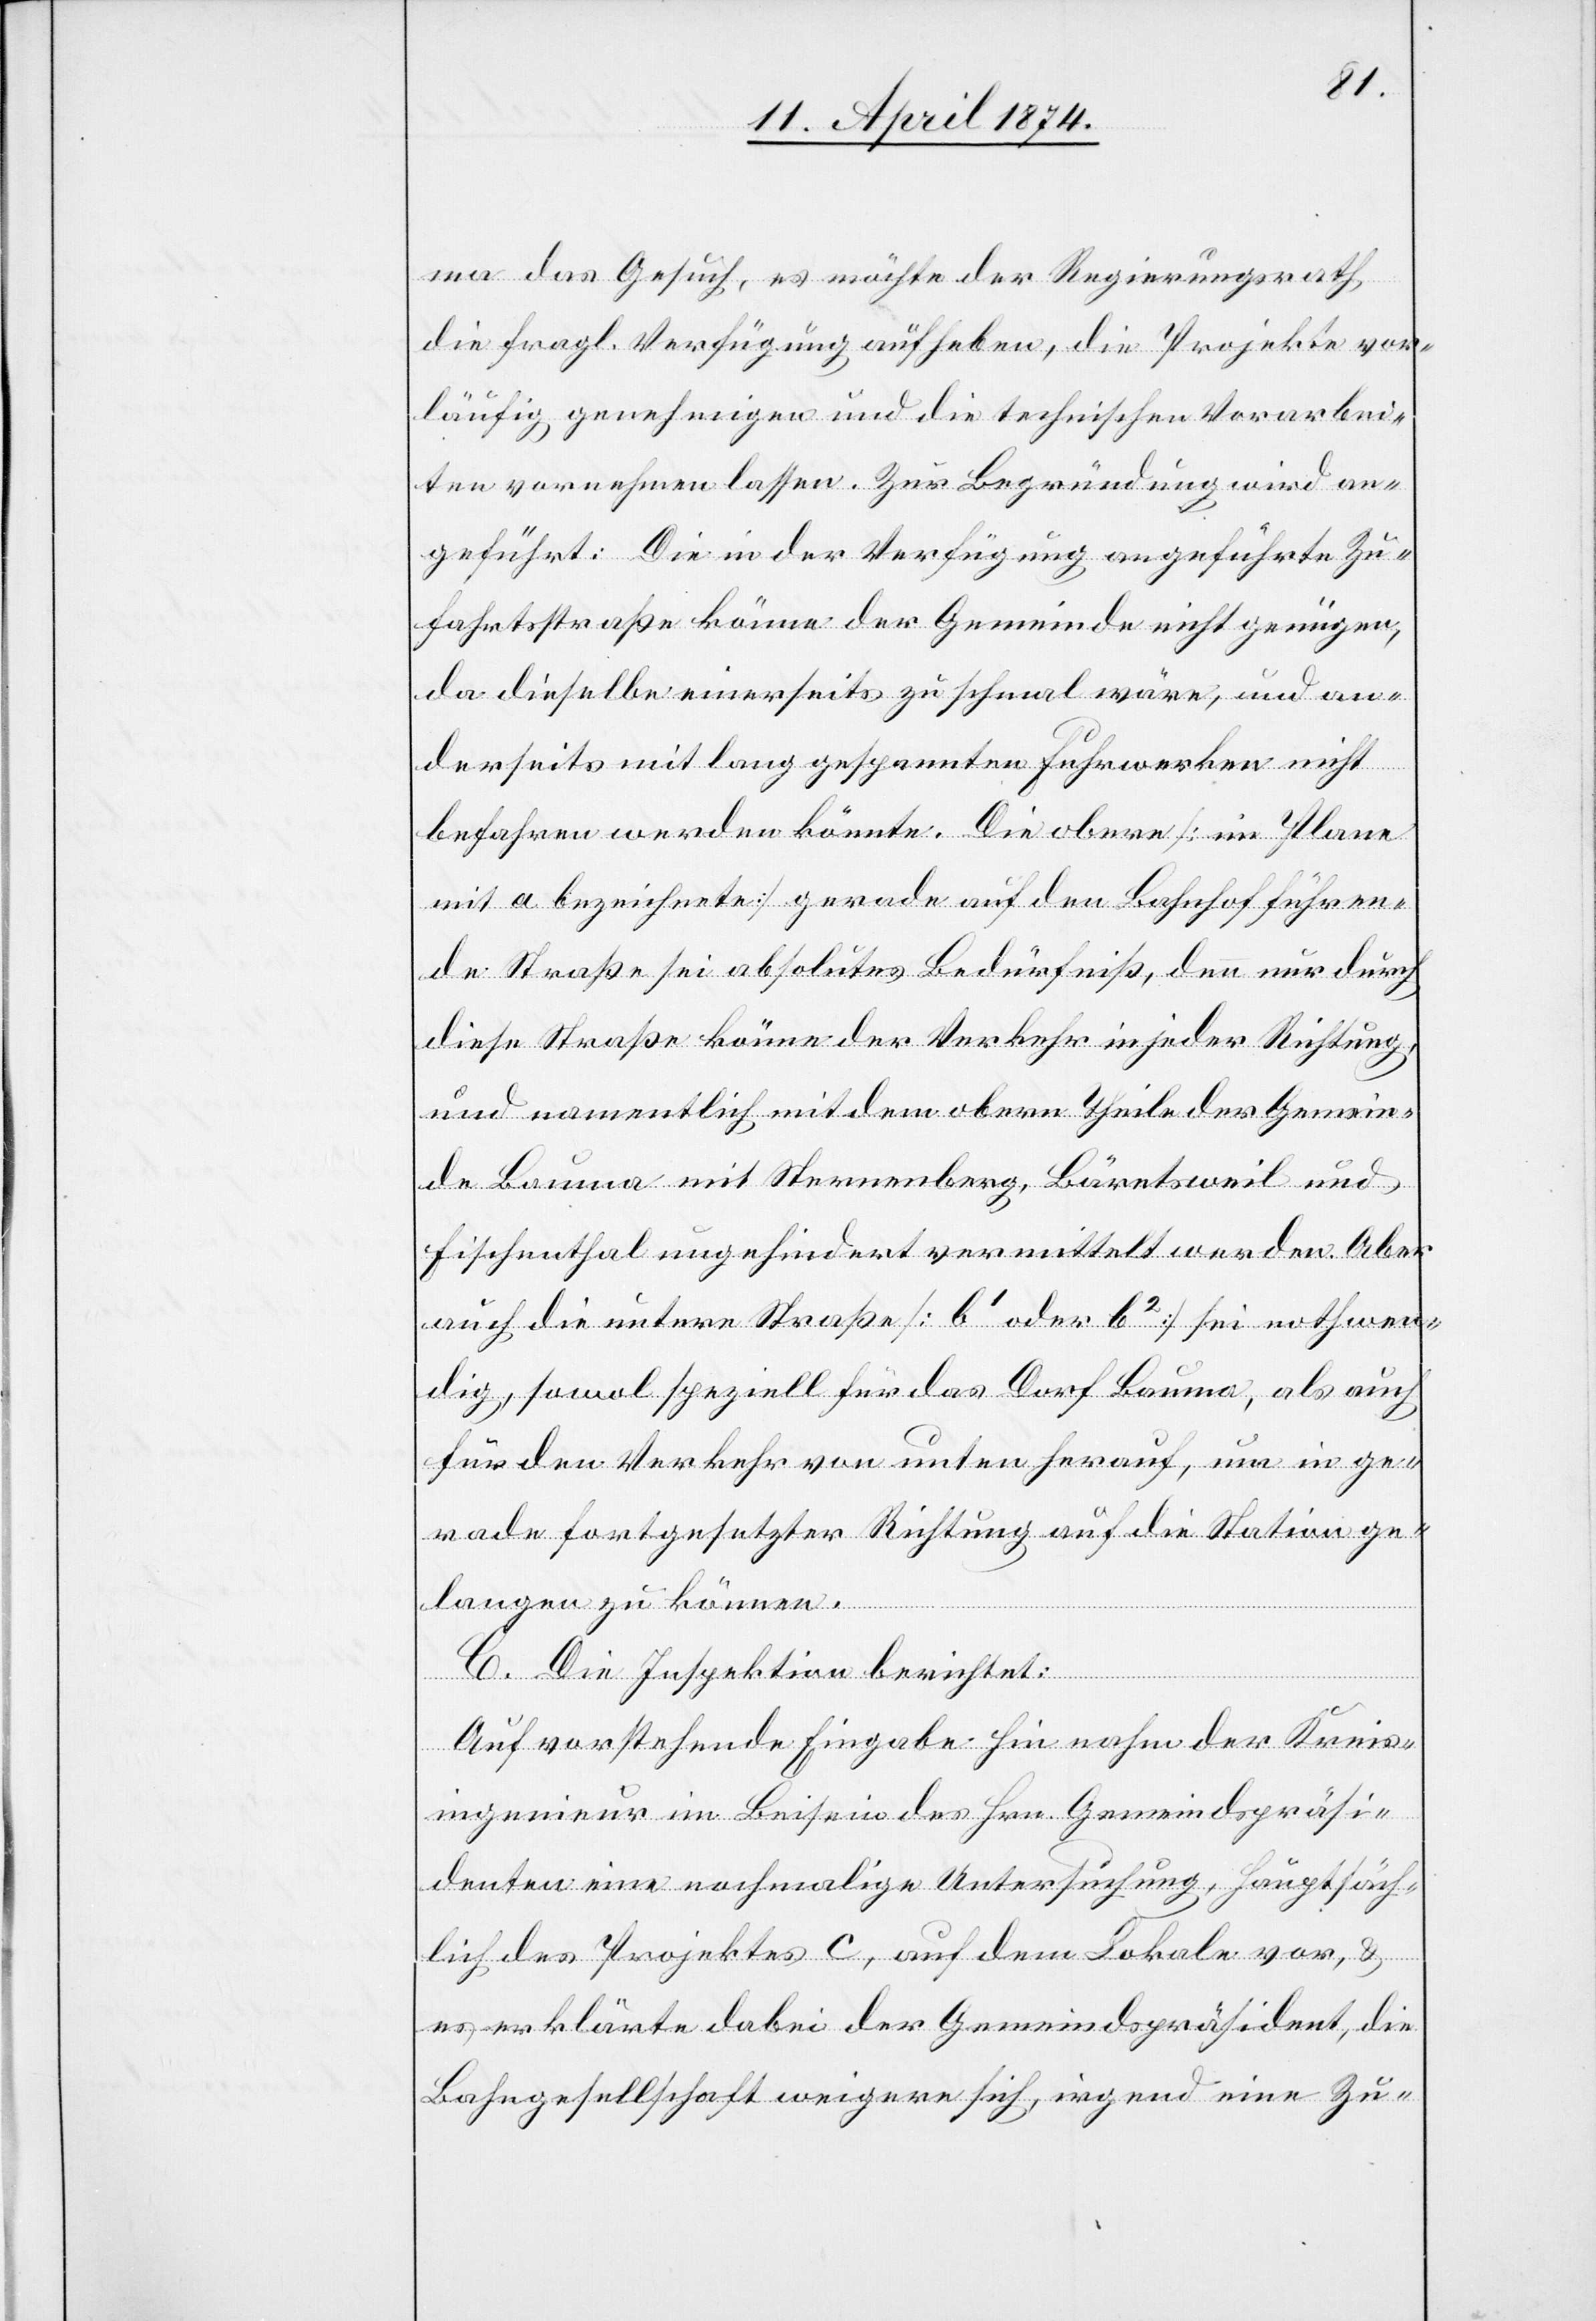
ma das Gesuch, es möchte der Regierungsrath
die fragl. Verfügung aufheben, die Projekte vor¬
läufig genehmigen und die technischen Vorarbei¬
ten vornehmen lassen. Zur Begründung wird an¬
geführt: Die in der Verfügung angeführte Zu¬
fahrtsstraße könne der Gemeinde nicht genügen,
da dieselbe einerseits zu schmal wäre, und an¬
derseits mit lang gespannten Fuhrwerken nicht
befahren werden könnte. Die obere [im Plane
mit a bezeichnete] gerade auf den Bahnhof führen¬
de Straße sei absolutes Bedürfniß, denn nur durch
diese Straße könne der Verkehr in jeder Richtung,
und namentlich mit dem obern Theile der Gemein¬
de Bauma mit Sternenberg, Bärentsweil und
Fischenthal ungehindert vermittelt werden. Aber
auch die untere Straße [b1 oder b2] sei nothwen¬
dig, sowol speziell für das Dorf Bauma, als auch
für den Verkehr von unten herauf, um in ge¬
rade fortgesetzter Richtung auf die Station ge¬
langen zu können.
C. Die Inspektion berichtet:
Auf vorstehende Eingabe hin nahm der Kreis¬
ingenieur im Beisein des Hrn. Gemeindspräsi¬
denten eine nochmalige Untersuchung, hauptsäch¬
lich des Projektes C, auf dem Lokale vor, u.
es erklärte dabei der Gemeindspräsident, die
Bahngesellschaft weigere sich, irgend eine Zu-